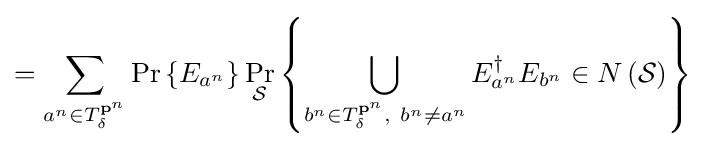
=\sum _{a^{n}\in T_{\delta }^{\mathbf {p} ^{n}}}\Pr \left\{E_{a^{n}}\right\}\Pr _{\mathcal {S}}\left\{\bigcup \limits _{b^{n}\in T_{\delta }^{\mathbf {p} ^{n}},\ b^{n}\neq a^{n}}E_{a^{n}}^{\dagger }E_{b^{n}}\in N\left({\mathcal {S}}\right)\right\}